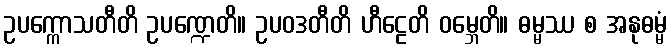
ဥပက္ကောသတီတိ ဥပဏ္ဍေတိ။ ဥပဝဒတီတိ ဟီဠေတိ ဝမ္ဘေတိ။ ဓမ္မဿ စ အနုဓမ္မံ